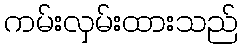
ကမ်းလှမ်းထားသည်